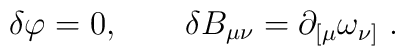
\delta \varphi =0,\quad \quad \delta B_{\mu \nu }=\partial _{[\mu}\omega _{\nu ]}~.